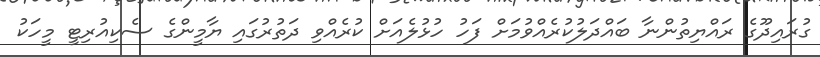
ގުރައިދޫގެ ރައްޔިތުންނާ ބައްދަލުކުރެއްވުމަށް ފަހު ހުޅުލެއަށް ކުރެއްވި ދަތުރުގައި ޔާމީންގެ ސެކިއުރިޓީ މީހަކު